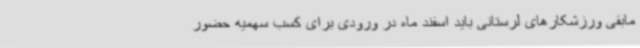
مابقی ورزشکارهای لرستانی باید اسفند ماه در ورودی برای کسب سهمیه حضور